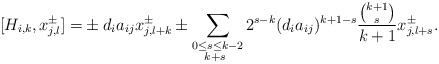
\begin{align*}[H_{i,k}, x_{j,l}^{\pm}]=&\pm d_ia_{ij}x_{j,l+k}^{\pm}\pm\sum_{\substack{0\leq s\leq k-2\\ k+s\ }}2^{s-k}(d_ia_{ij})^{k+1-s}\frac{{ k+1\choose s}}{k+1}x_{j,l+s}^{\pm}.\end{align*}